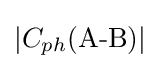
|C_{ph}{\text{(A-B)}}|